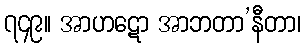
၇၄၉။ အာဟဋော အာဘတာ’နီတာ၊